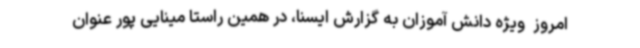
امروز  ویژه دانش آموزان به گزارش ایسنا، در همین راستا مینایی پور عنوان